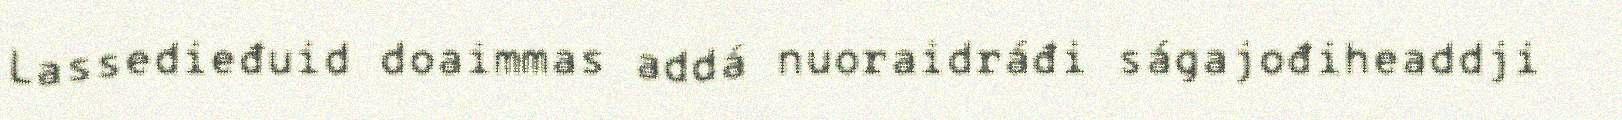
Lassedieđuid doaimmas addá nuoraidráđi ságajođiheaddji